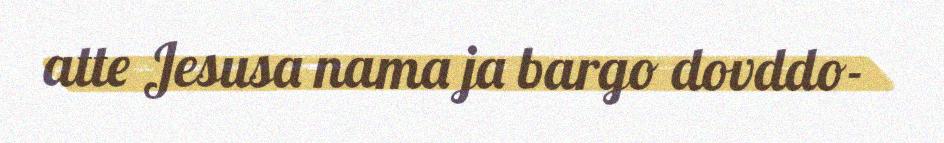
atte Jesusa nama ja bargo dovddo-